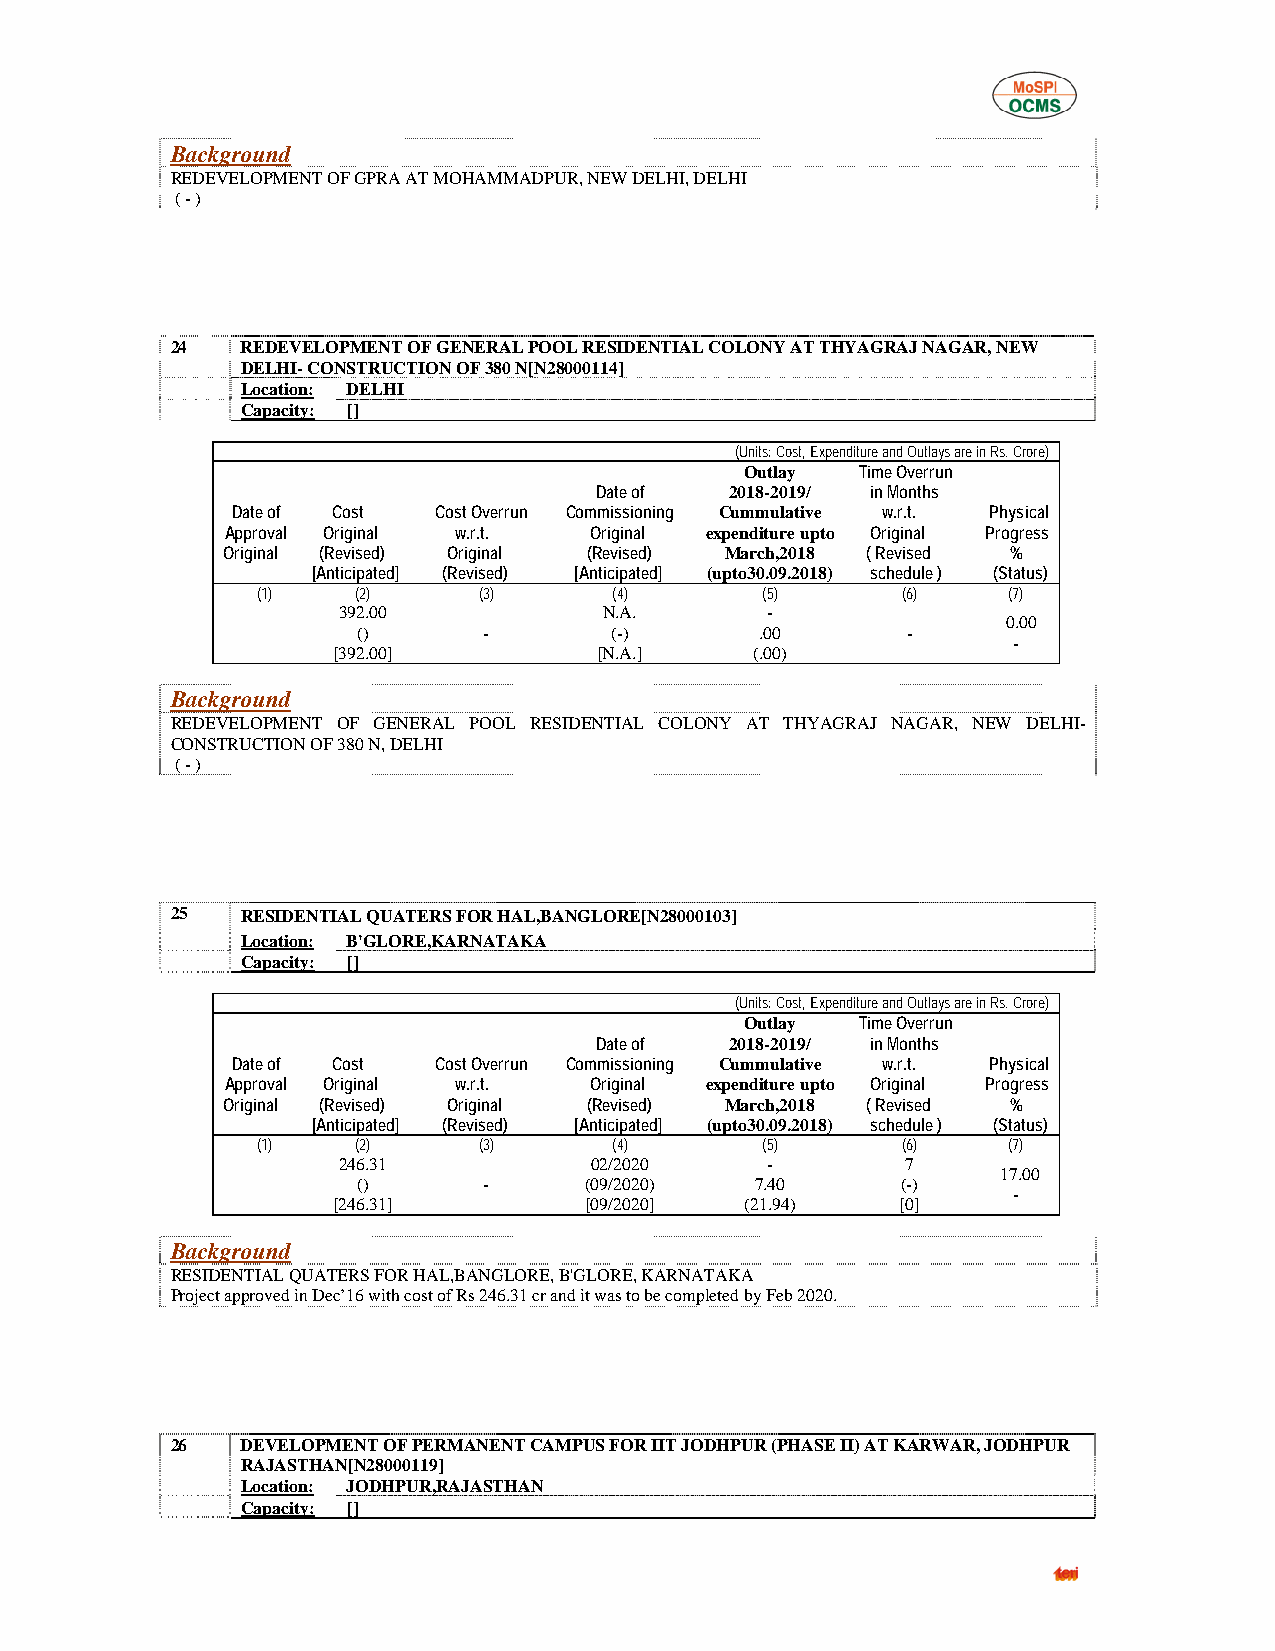
Background
 REDEVELOPMENT OF GPRA AT MOHAMMADPUR, NEW DELHI, DELHI
 ( - )
 24   REDEVELOPMENT OF GENERAL POOL RESIDENTIAL COLONY AT THYAGRAJ NAGAR, NEW
 DELHI- CONSTRUCTION OF 380 N[N28000114]
 Location: DELHI
 Capacity: []
 (Units: Cost, Expenditure and Outlays are in Rs. Crore)
 Outlay  Time Overrun
 Date of  2018-2019/ in Months
 Date of Cost  Cost Overrun Commissioning Cummulative w.r.t. Physical
 Approval Original w.r.t. Original expenditure upto Original Progress
 Original (Revised) Original (Revised) March,2018 ( Revised %
 [Anticipated] (Revised) [Anticipated] (upto30.09.2018) schedule ) (Status)
 (1)    (2)     (3)      (4)      (5)       (6)    (7)
 392.00            N.A.       -
 0.00
 ()      -       (-)       .00       -
 -
 [392.00]          [N.A.]    (.00)
 Background
 REDEVELOPMENT OF GENERAL POOL RESIDENTIAL COLONY AT THYAGRAJ NAGAR, NEW DELHI-
 CONSTRUCTION OF 380 N, DELHI
 ( - )
 25   RESIDENTIAL QUATERS FOR HAL,BANGLORE[N28000103]
 Location: B'GLORE,KARNATAKA
 Capacity: []
 (Units: Cost, Expenditure and Outlays are in Rs. Crore)
 Outlay  Time Overrun
 Date of  2018-2019/ in Months
 Date of Cost  Cost Overrun Commissioning Cummulative w.r.t. Physical
 Approval Original w.r.t. Original expenditure upto Original Progress
 Original (Revised) Original (Revised) March,2018 ( Revised %
 [Anticipated] (Revised) [Anticipated] (upto30.09.2018) schedule ) (Status)
 (1)    (2)     (3)      (4)      (5)       (6)    (7)
 246.31           02/2020     -        7
 17.00
 ()      -      (09/2020)  7.40      (-)
 -
 [246.31]         [09/2020] (21.94)    [0]
 Background
 RESIDENTIAL QUATERS FOR HAL,BANGLORE, B'GLORE, KARNATAKA
 Project approved in Dec’16 with cost of Rs 246.31 cr and it was to be completed by Feb 2020.
 26   DEVELOPMENT OF PERMANENT CAMPUS FOR IIT JODHPUR (PHASE II) AT KARWAR, JODHPUR
 RAJASTHAN[N28000119]
 Location: JODHPUR,RAJASTHAN
 Capacity: []